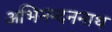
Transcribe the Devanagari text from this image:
अभिनन्दननाथ